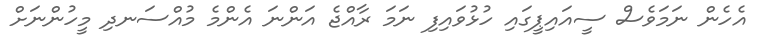
އެހެން ނަމަވެސް ސީއައިޕީގައި ހުޅުވައިފި ނަމަ ރާއްޖެ އަންނަ އެންމެ މުއްސަނދި މީހުންނަށް